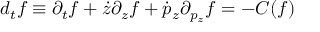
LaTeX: d _ { t } f \equiv \partial _ { t } f + \dot { z } \partial _ { z } f + \dot { p } _ { z } \partial _ { p _ { z } } f = - C ( f )